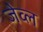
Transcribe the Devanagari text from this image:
जेव्ल